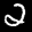
Label: 2